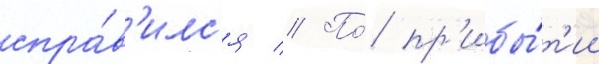
спра́в'илс'я // По́ пр'ибы́т'ии